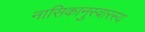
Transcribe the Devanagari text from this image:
नासिकानुस्वारस्य